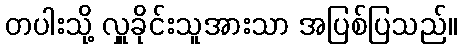
တပါးသို့ လှူခိုင်းသူအားသာ အပြစ်ပြသည်။